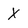
Character: X